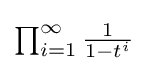
\textstyle \prod _{i=1}^{\infty }{\frac {1}{1-t^{i}}}